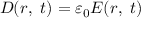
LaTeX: { \boldsymbol { D } } ( { \boldsymbol { r } } , \ t ) = \varepsilon _ { 0 } { \boldsymbol { E } } ( { \boldsymbol { r } } , \ t )